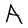
Character: A